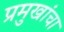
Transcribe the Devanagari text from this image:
प्रमुखांचा